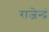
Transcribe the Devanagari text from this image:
राजेन्द्रं